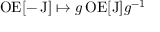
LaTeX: \operatorname { O E } [ - \operatorname { J } ] \mapsto g \operatorname { O E } [ \operatorname { J } ] g ^ { - 1 }